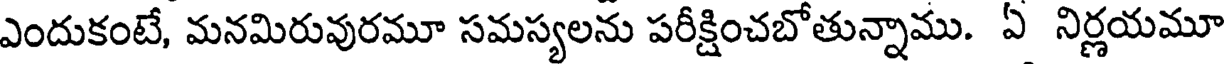
ఎందుకంటే, మనమిరువురమూ సమస్యలను పరీక్షించబోతున్నాము. ఏ నిర్ణయమూ